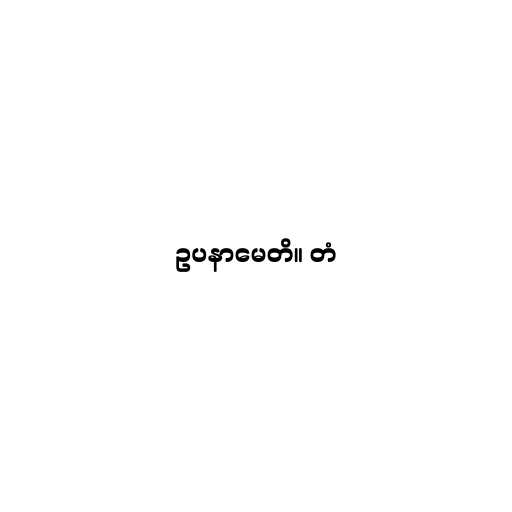
ဥပနာမေတိ။ တံ